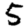
Digit: 5